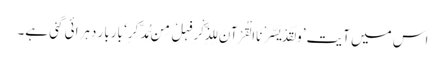
اس میں آیت ’وَلَقَدْ یَسَّرْنَا الْقُرْآنَ لِلذِّکْرِ فَہَلْ مِن مُّدَّکِرٍ‘ باربار دہرائی گئی ہے۔